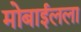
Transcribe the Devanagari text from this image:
मोबाईलला